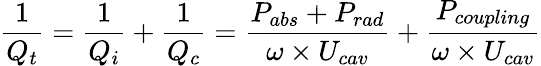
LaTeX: \frac{1}{Q_{t}}=\frac{1}{Q_{i}}+\frac{1}{Q_{c}}=\frac{P_{abs}+P_{rad}}{\omega\times{U_{cav}}}+\frac{P_{coupling}}{\omega\times{U_{cav}}}